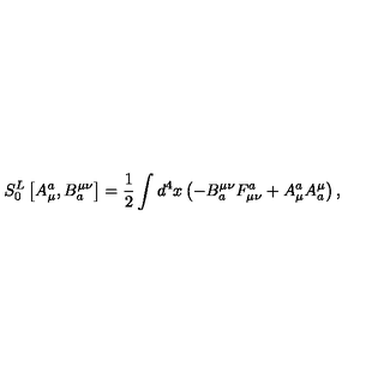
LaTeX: S _ { 0 } ^ { L } \left[ A _ { \mu } ^ { a } , B _ { a } ^ { \mu \nu } \right] = \frac 1 2 \int d ^ { 4 } x \left( - B _ { a } ^ { \mu \nu } F _ { \mu \nu } ^ { a } + A _ { \mu } ^ { a } A _ { a } ^ { \mu } \right) ,